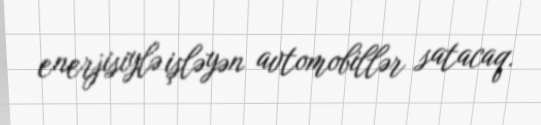
enerjisiylə işləyən avtomobillər satacaq.